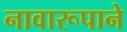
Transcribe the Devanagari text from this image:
नावारूपाने